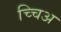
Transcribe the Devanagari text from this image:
च्चिअ